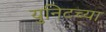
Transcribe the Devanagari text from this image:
युनिटच्या